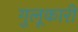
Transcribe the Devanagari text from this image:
गुलूकारी